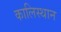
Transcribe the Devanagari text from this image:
कालिस्थान